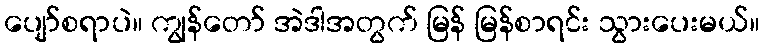
ပျော်စရာပဲ။ ကျွန်တော် အဲဒါအတွက် မြန် မြန်စာရင်း သွားပေးမယ်။